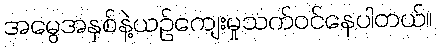
အမွေအနှစ်နဲ့ယဉ်ကျေးမှုသက်ဝင်နေပါတယ်။